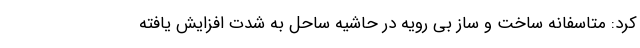
کرد: متاسفانه ساخت و ساز بی رویه در حاشیه ساحل به شدت افزایش یافته